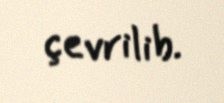
çevrilib.